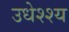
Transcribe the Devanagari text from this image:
उधेश्श्य